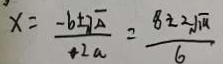
x = \frac { - b \pm \sqrt { \Delta } } { + 2 a } = \frac { 8 \pm 2 \sqrt { 1 a } } { 6 }